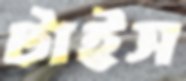
টাইস